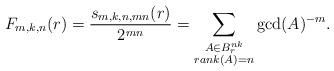
LaTeX: \begin{align*} F_{m, k, n}(r) = \dfrac{s_{m, k, n, mn}(r)}{2^{mn}}= \sum_{\substack{ A \in B_r^{nk} \\ rank(A) = n }} \gcd(A)^{-m}.\end{align*}